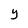
Character: y